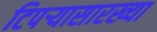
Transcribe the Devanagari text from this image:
टिपर्‍यासारख्या